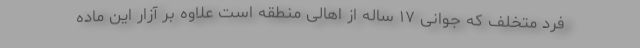
فرد متخلف که جوانی ۱۷ ساله از اهالی منطقه است علاوه بر آزار این ماده